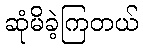
ဆုံမိခဲ့ကြတယ်